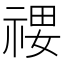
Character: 𰨄